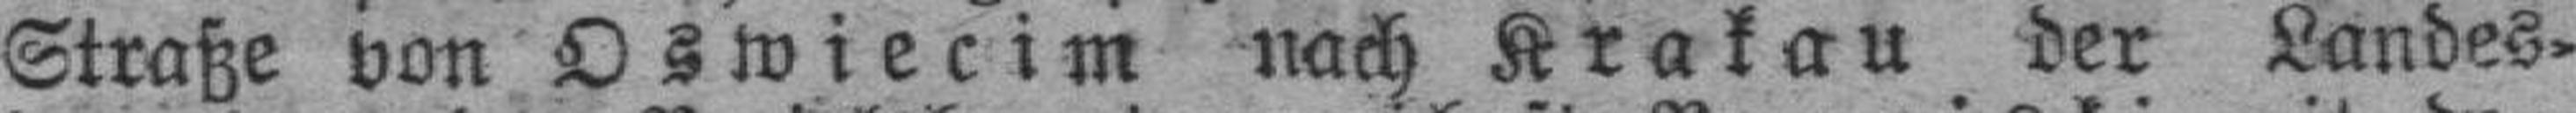
Straße von Oswiecim nach Krakau der Landes¬